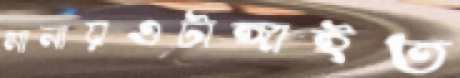
মানায়ওটাঙ্গাইত